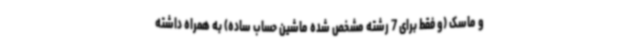
و ماسک (و فقط برای 7 رشته مشخص شده ماشین حساب ساده) به همراه داشته